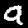
Label: 9